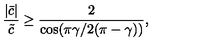
\frac { | \bar { c } | } { \tilde { c } } \geq \frac { 2 } { \cos ( \pi \gamma / 2 ( \pi - \gamma ) ) } ,